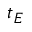
t _ { E }